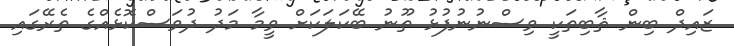
ޒައިދް ބިން ޘާބިތަކީ ވިސްނުނުފުޅު ތޫނު ބޭކަލަކަށް ވީމާ މަދު ދުވަސްކޮޅެއްގެ ތެރޭގައި